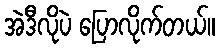
အဲဒီလိုပဲ ပြောလိုက်တယ်။